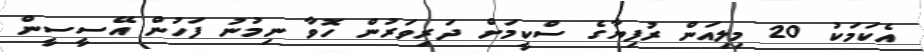
އެކަމަކު 20 މިލިއަން ރުފިޔާގެ ސްކީމަށް ދަރިވަރުން ހޮވާ ނިމުނު ފަހުން އޭސީސީން